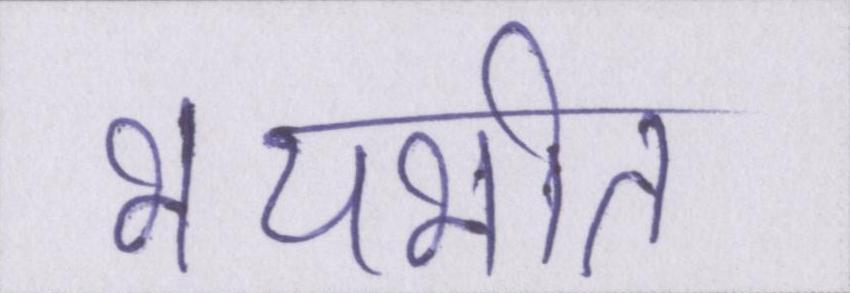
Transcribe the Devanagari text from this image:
भयभीत